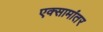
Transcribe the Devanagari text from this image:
एक्सामांतर